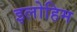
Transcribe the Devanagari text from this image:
इलोहिम